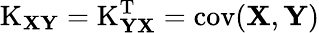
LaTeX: \operatorname{K}_{\mathbf{XY}}=\operatorname{K}_{\mathbf{YX}}^{\mathrm{{T}}}=\operatorname{cov}(\mathbf{X},\mathbf{Y})